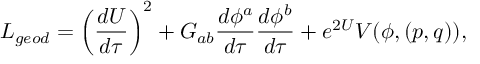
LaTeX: { \cal L } _ { g e o d } = \left( { \frac { d U } { d \tau } } \right) ^ { 2 } + G _ { a b } { \frac { d \phi ^ { a } } { d \tau } } { \frac { d \phi ^ { b } } { d \tau } } + e ^ { 2 U } V ( \phi , ( p , q ) ) ,